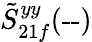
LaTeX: \tilde{S}_{21f}^{yy}(\textrm{--})